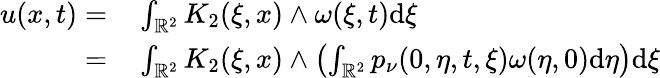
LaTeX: \begin{array}{rl}{u(x,t)=}&{{}\int_{\mathbb{R}^{2}}K_{2}(\xi,x)\wedge\omega(\xi,t)\mathrm{d}\xi}\\ {=}&{{}\int_{\mathbb{R}^{2}}K_{2}(\xi,x)\wedge\left(\int_{\mathbb{R}^{2}}p_{\nu}(0,\eta,t,\xi)\omega(\eta,0)\mathrm{d}\eta\right)\mathrm{d}\xi}\end{array}